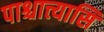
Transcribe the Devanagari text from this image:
पाश्चात्त्यासि